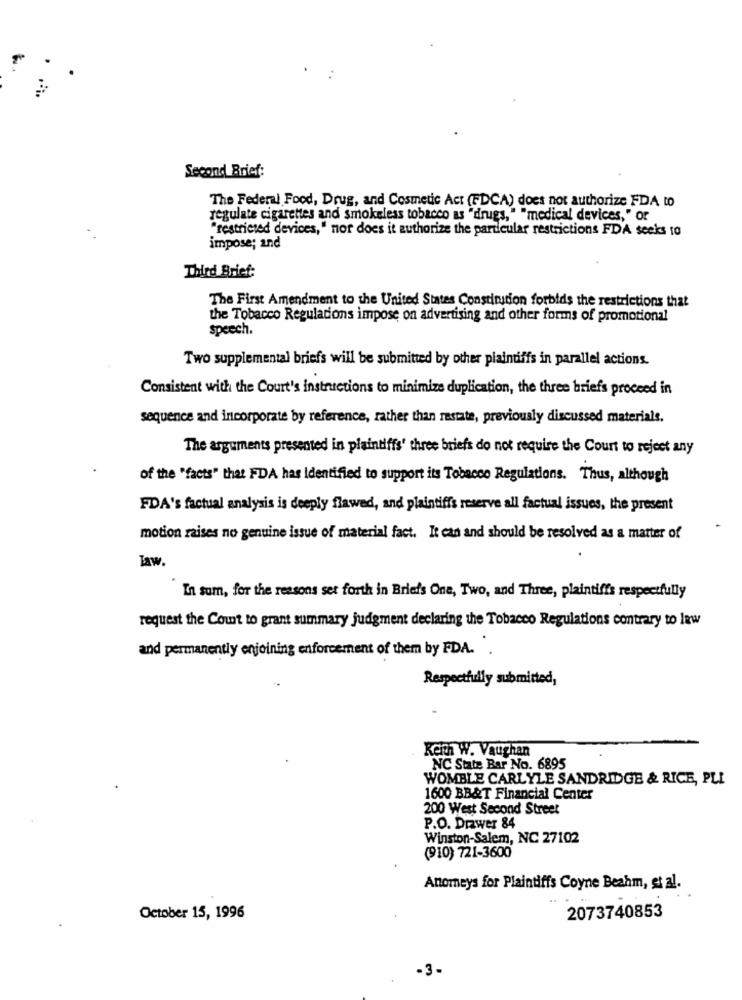
Second Brief:
The Federal Food, Drug, and Cosmetic Act (FDCA) does not authorize FDA to
regulate cigarettes and smokeless tobacco as "drugs," "medical devices," or
"restricted devices, " nor does it authorize the particular restrictions FDA seeks to
impose; and
Third Brief:
The First Amendment to the United States Constitution forbids the restrictions that
the Tobacco Reguladons impose on advertising and other forms of promotional
speech.
Two supplemental briefs will be submitted by other plaintiffs in parallel actions.
Consistent with the Court's instructions to minimize duplication, the three briefs proceed in
sequence and incorporate by reference, rather than restate, previously discussed materials.
The arguments presented in plaintiffs' three briefs do not require the Court to reject any
of the "facts" that FDA has Identified to support its Tobacco Regulations. Thus, although
FDA's factual analysis is deeply flawed, and plaintiffs reserve all factual issues, the present
motion raises no genuine issue of material fact. It can and should be resolved as a matter of
Taw.
In sum, for the reasons set forth in Briefs One, Two, and Three, plaintiffs respectfully
request the Court to grant summary judgment declaring the Tobacco Regulations contrary to law
and permanently enjoining enforcement of them by FDA. .
Respectfully submitted,
Keith W. Vaughan
NC State Bar No. 6895
WOMBLE CARLYLE SANDRIDGE & RICE, PLI
1600 BB&T Financial Center
200 West Second Street
P.O. Drawer 84
Winston-Salem, NC 27102
(910) 721-3600
Anoreys for Plaintiffs Coyne Beahm, et al.
October 15, 1996
2073740853
-3-